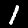
Label: 1